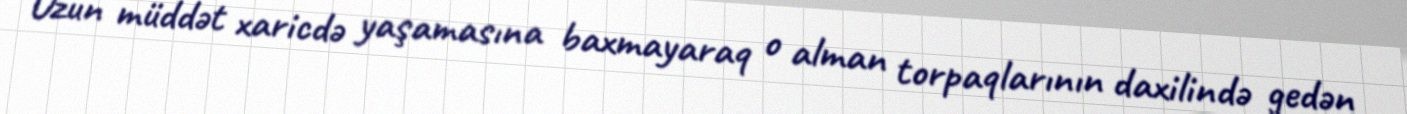
Uzun müddət xaricdə yaşamasına baxmayaraq o alman torpaqlarının daxilində gedən